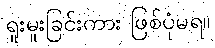
ရူးမူးခြင်းကား ဖြစ်ပုံမရ။